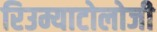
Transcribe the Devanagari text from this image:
रिउम्याटोलोजी